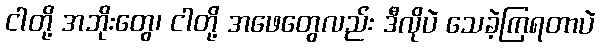
ငါတို့ အဘိုးတွေ၊ ငါတို့ အဖေတွေလည်း ဒီလိုပဲ သေခဲ့ကြရတာပဲ